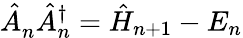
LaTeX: \hat{A}_{n}^{\phantom{\dagger}}\hat{A}_{n}^{\dagger}=\hat{H}_{n+1}-E_{n}